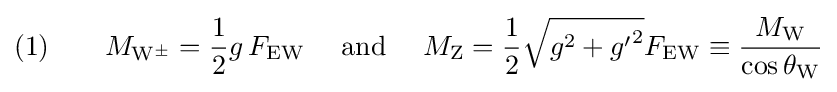
(1)\qquad M_{\mathrm {W^{\pm }} }={\frac {1}{2}}g\,F_{\mathrm {EW} }\quad {\text{ and }}\quad M_{\mathrm {Z} }={\frac {1}{2}}{\sqrt {g^{2}+{g'}^{2}}}F_{\mathrm {EW} }\equiv {\frac {M_{\mathrm {W} }}{\cos \theta _{\mathrm {W} }}}